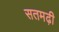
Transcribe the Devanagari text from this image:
सतमढ़ी